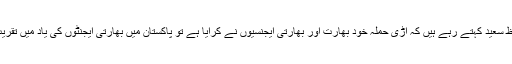
اگر ریاستی میڈیا ،دانشور اور خود حافظ سعید کہتے رہے ہیں کہ اڑی حملہ خود بھارت اور بھارتی ایجنسیوں نے کرایا ہے تو پاکستان میں بھارتی ایجنٹوں کی یاد میں تقریب کے انعقاد کی اجازت کس نے دی ؟